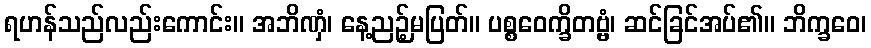
ရဟန်သည်လည်းကောင်း။ အဘိဏှံ၊ နေ့ညဉ့်မပြတ်။ ပစ္စဝေက္ခိတဗ္ဗံ၊ ဆင်ခြင်အပ်၏။ ဘိက္ခဝေ၊